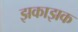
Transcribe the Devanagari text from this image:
झकाझक